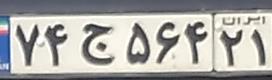
۷۴ج۵۶۴۲۱